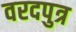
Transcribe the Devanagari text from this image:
वरदपुत्र